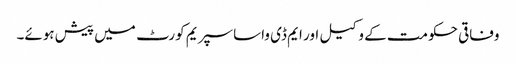
وفاقی حکومت کے وکیل اور ایم ڈی واسا سپریم کورٹ میں پیش ہوئے۔